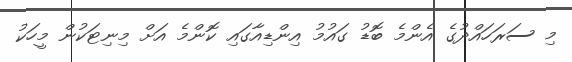
މި ސަރަހައްދުގެ އެންމެ ބޮޑު ގައުމު އިންޑިއާގައި ކޮންމެ އަށް މިނިޓަކުން މީހަކު